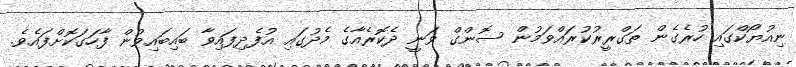
ނިއުޔޯކްގައި ހުރެގެން ތަގްރީރުކުރައްވަމުން ސޮންގް ވަނީ ދެކޮރެއާގެ މެދުގައި އުފެދިފައިވާ ބައިބައިވުން ފާހަގަކޮށްފައެވެ.